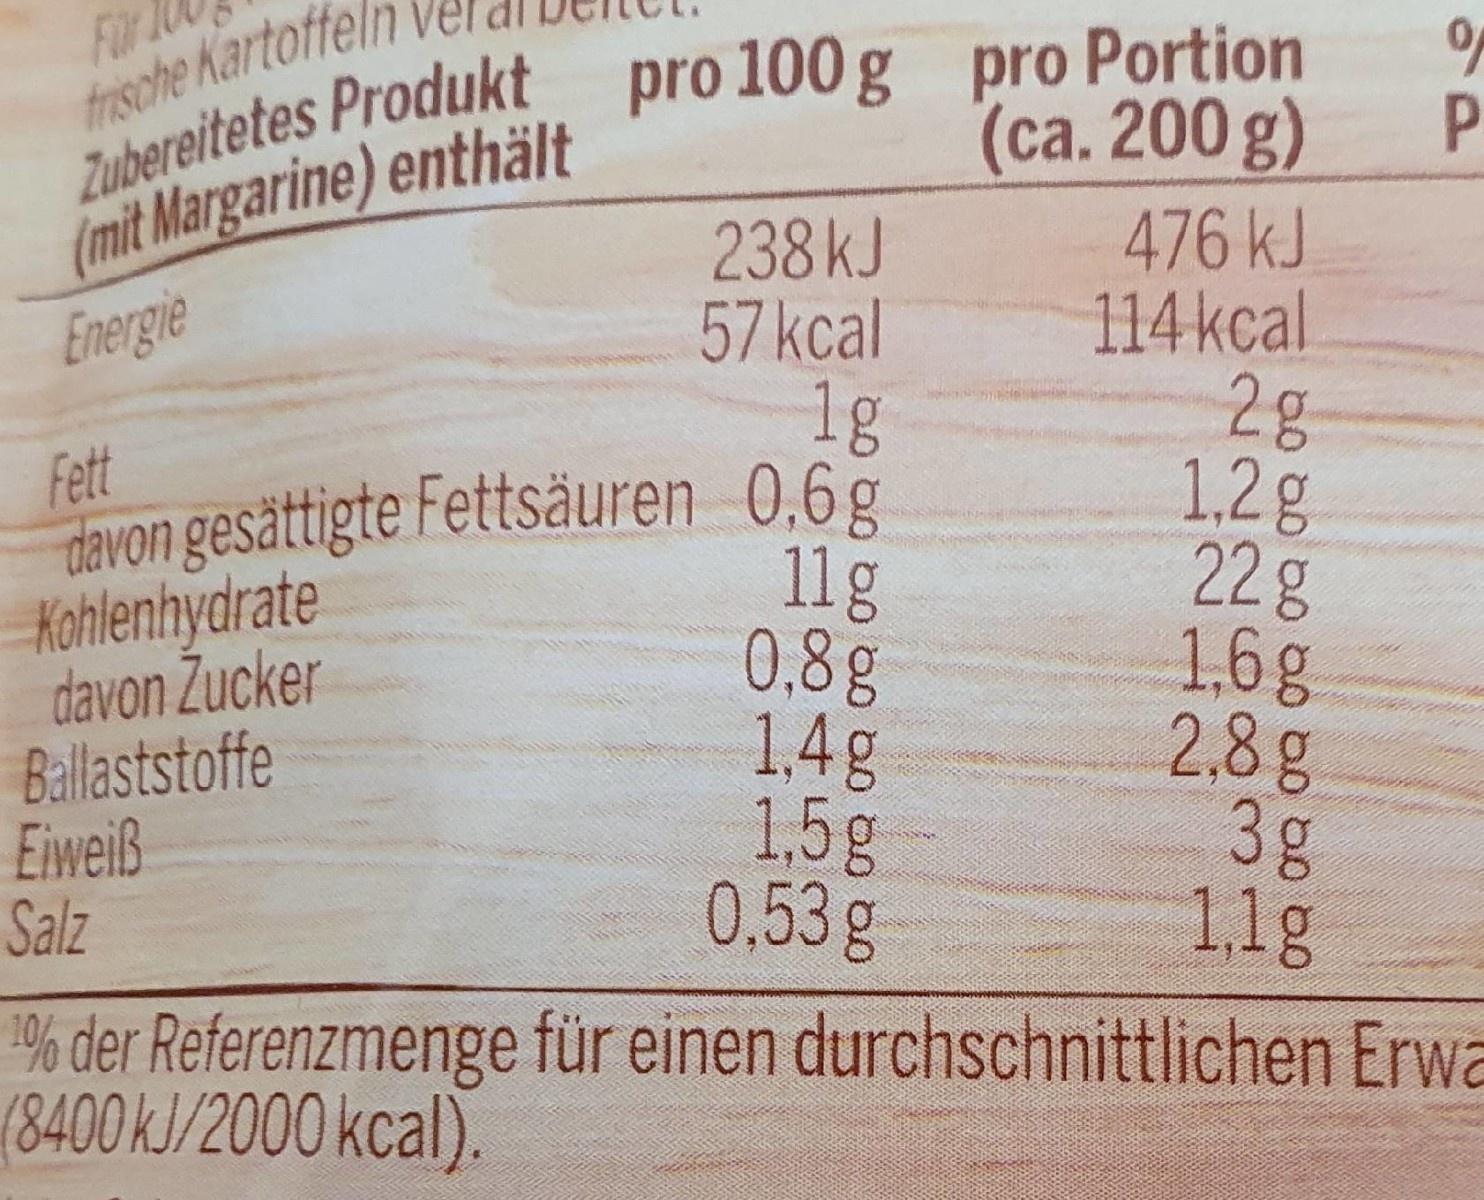
Für trische Kartoffe bereitetes Produkt pro 100 g pro Portion
(са. 200 g)
P.
imit Margarine) enthält
476 kJ 114 kcal 2g 1,2g 22g 1,6g 2,8g 3g 1,1g
238KJ 57kcal 1g
Energie
11g 0,8g 1,4g 1,5g 0.53g 1% der Referenzmenge für einen durchschnittlichen Erwa
Fett davon gesättigte Fettsäuren 0,6g Kohlenhydrate davon Zucker Ballaststoffe Eiweiß Salz
(8400KJ/2000 kcal).
90000